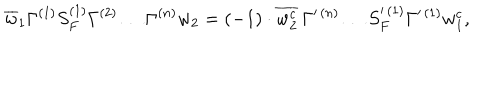
\overline { { { w } } } _ { 1 } \Gamma ^ { ( 1 ) } S _ { F } ^ { ( 1 ) } \Gamma ^ { ( 2 ) } \ldots \Gamma ^ { ( n ) } w _ { 2 } = ( - 1 ) \cdot \overline { { { w _ { 2 } ^ { c } } } } \, \Gamma ^ { \prime \, ( n ) } \ldots S _ { F } ^ { \prime \, ( 1 ) } \Gamma ^ { \prime \, ( 1 ) } w _ { 1 } ^ { c } ,